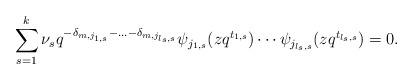
LaTeX: \begin{align*}\sum_{s=1}^{k}\nu_s q^{-\delta_{m,j_{1,s}}-\ldots-\delta_{m,j_{l_s,s}}} \psi_{j_{1,s}}(zq^{t_{1,s}})\cdots \psi_{j_{l_s,s}}(zq^{t_{l_s,s}})=0.\end{align*}